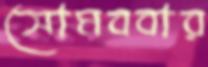
সোমববার